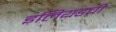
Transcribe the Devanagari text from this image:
इलियडची